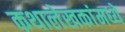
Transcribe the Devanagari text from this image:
कथालेखकांमध्ये